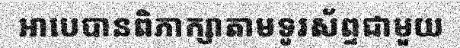
អាបេបានពិភាក្សាតាមទូរស័ព្ទជាមួយ